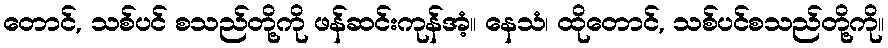
တောင်, သစ်ပင် စသည်တို့ကို ဖန်ဆင်းကုန်အံ့။ နေသံ၊ ထိုတောင်, သစ်ပင်စသည်တို့ကို။